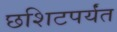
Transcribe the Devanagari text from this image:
छशिटपर्यंत